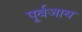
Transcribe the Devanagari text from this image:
पूर्वजाय